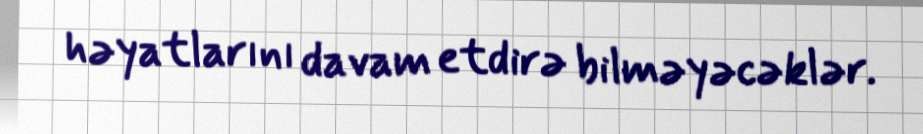
həyatlarını davam etdirə bilməyəcəklər.